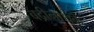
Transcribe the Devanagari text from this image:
बद्रीनाथके